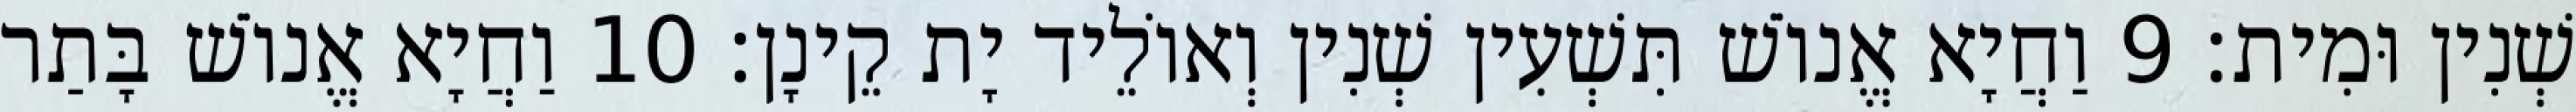
שְׁנִין וּמִית׃ 9 וַחֲיָא אֱנוֹשׁ תִּשְׁעִין שְׁנִין וְאוֹלֵיד יָת קֵינָן׃ 10 וַחֲיָא אֱנוֹשׁ בָּתַר